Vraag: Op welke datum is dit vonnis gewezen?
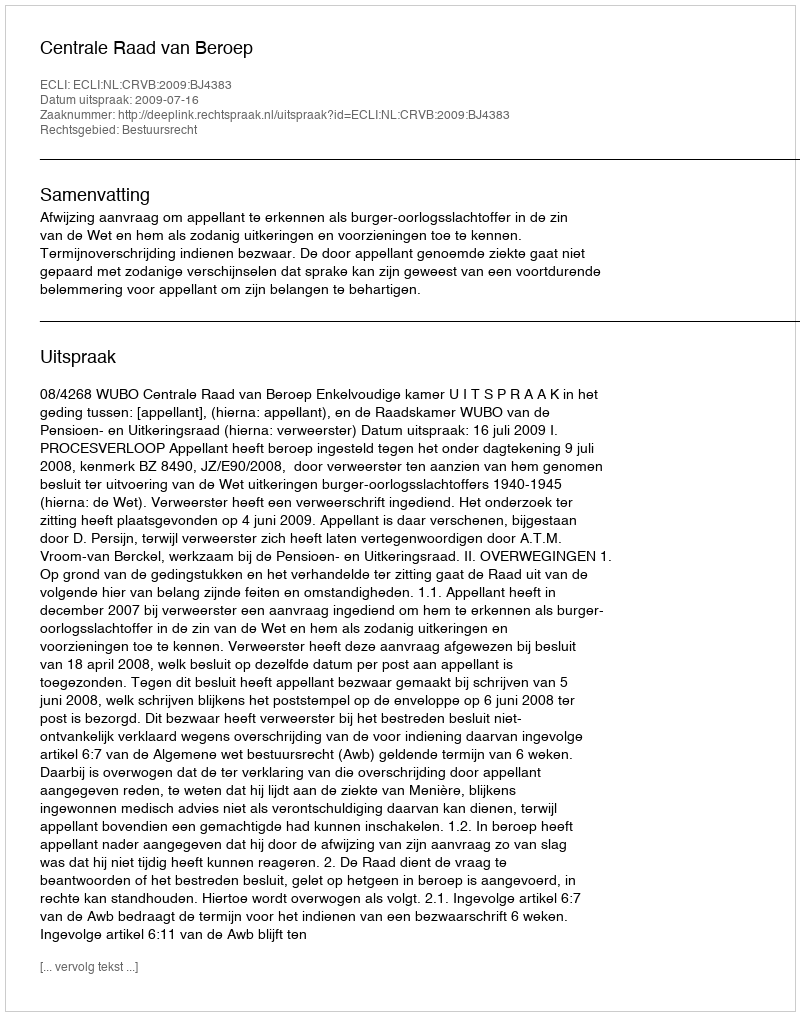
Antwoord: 2009-07-16